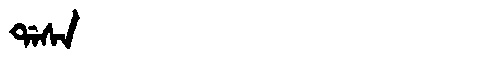
Manchu: ᡩᠠᠰᠠ
Romanization: DASA